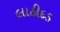
લાઠીદડ